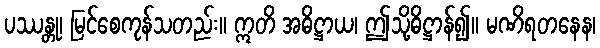
ပဿန္တု၊ မြင်စေကုန်သတည်း။ ဣတိ အဓိဋ္ဌာယ၊ ဤသို့ဓိဋ္ဌာန်၍။ မဏိရတနေန၊